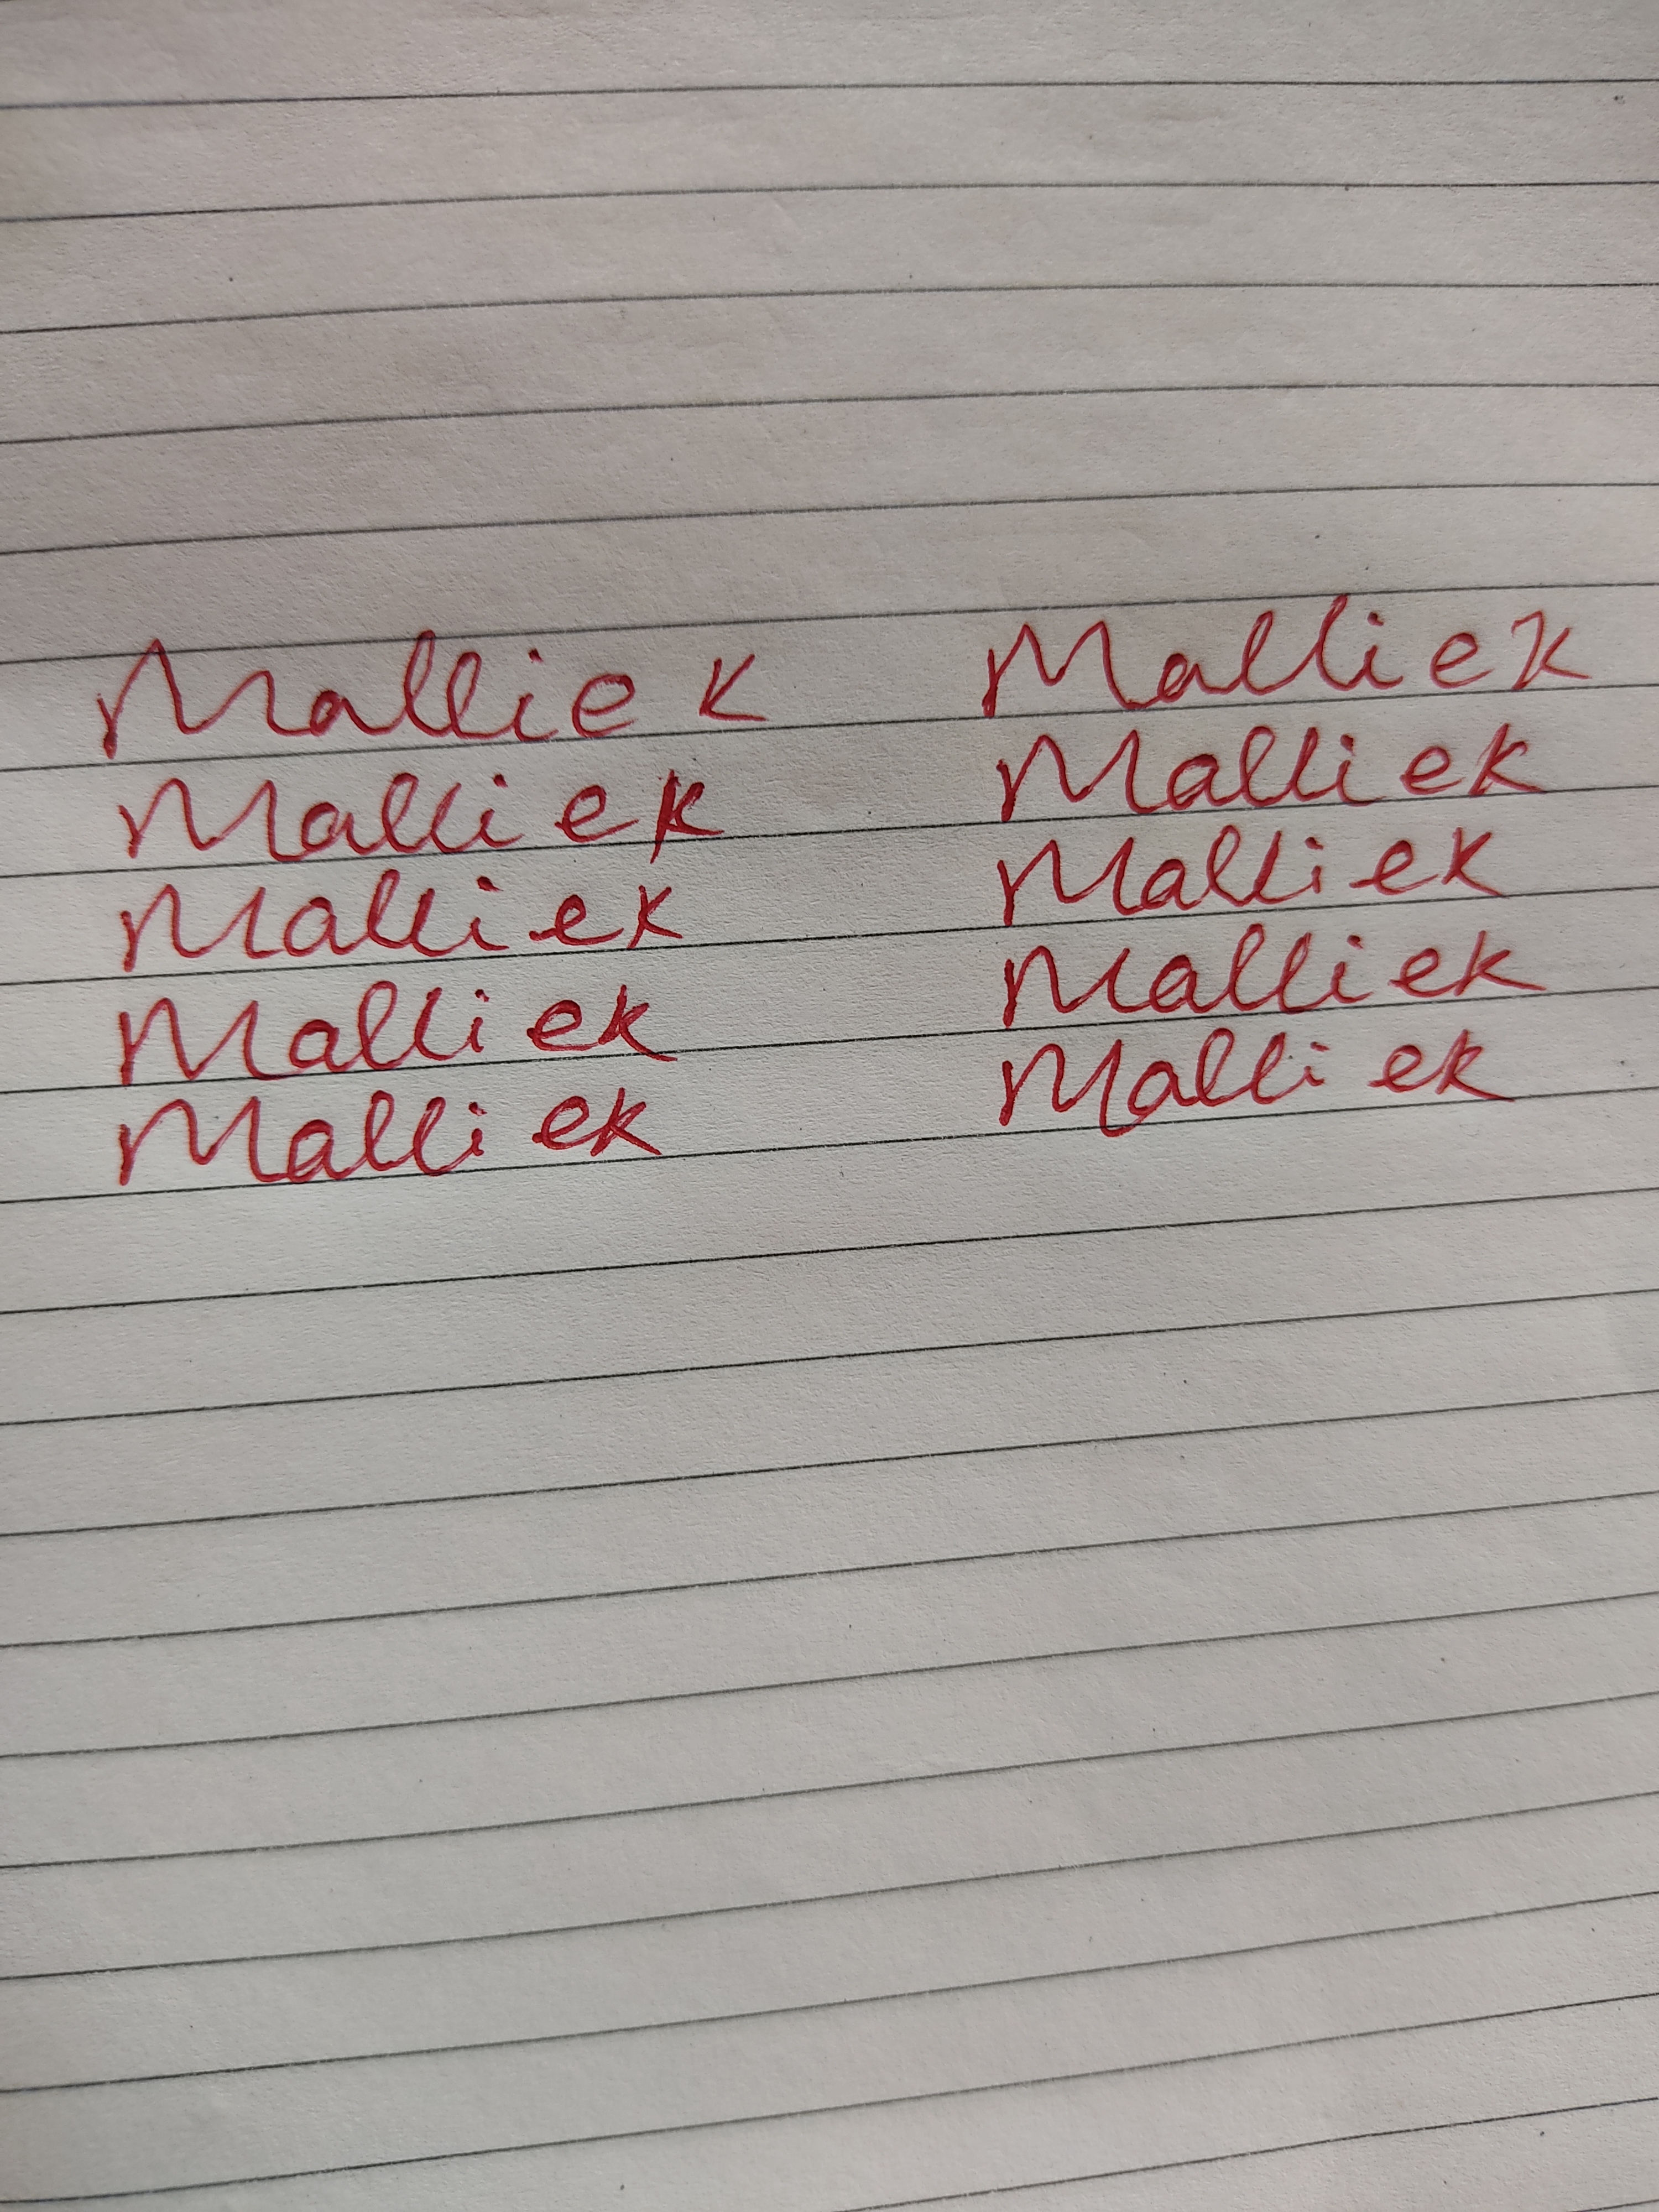
Signature authenticity: forged